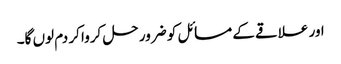
اور علاقے کے مسائل کو ضرور حل کروا کر دم لوں گا۔